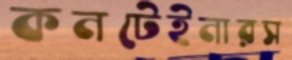
কনটেইনারস